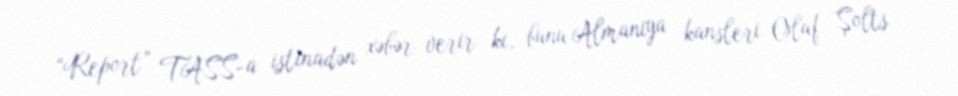
“Report” TASS-a istinadən xəbər verir ki, bunu Almaniya kansleri Olaf Şolts